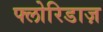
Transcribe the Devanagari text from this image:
फ्लोरिडाज़